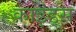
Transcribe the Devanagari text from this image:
काइंड्स